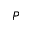
P